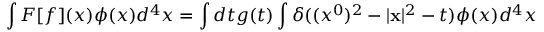
\int F [ f ] ( x ) \phi ( x ) d ^ { 4 } x = \int d t g ( t ) \int \delta ( ( x ^ { 0 } ) ^ { 2 } - | { \bf x } | ^ { 2 } - t ) \phi ( x ) d ^ { 4 } x